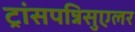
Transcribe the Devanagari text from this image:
ट्रांसपन्निसुएलर